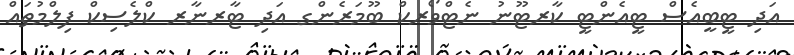
އަދި ޓީބީއެސް ޓީއެންޓީ ކާރޓޫނު ނެޓްވޯރކް ބޫމަރެންގ އަދި ޓާރނާރ ކްލެސިކް ފިލްމުތައް